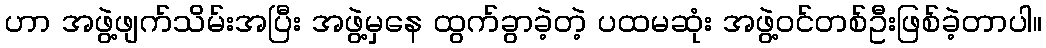
ဟာ အဖွဲ့ဖျက်သိမ်းအပြီး အဖွဲ့မှနေ ထွက်ခွာခဲ့တဲ့ ပထမဆုံး အဖွဲ့ဝင်တစ်ဦးဖြစ်ခဲ့တာပါ။